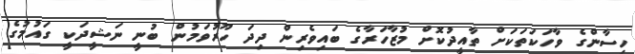
ހިސާންގެ ވާހަކަތަކަށް ތާއީދުކޮށް މުޒާހަރާގެ ބައިވެރިން ދިދަ ހޫރުވަމުން ބުނީ ނަޝީދަކީ ގައުމުގެ